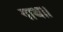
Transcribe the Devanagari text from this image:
गाथ।।